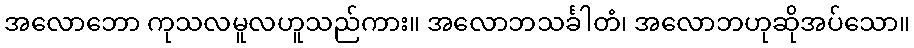
အလောဘော ကုသလမူလဟူသည်ကား။ အလောဘသင်္ခါတံ၊ အလောဘဟုဆိုအပ်သော။